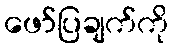
ဖော်ပြချက်ကို